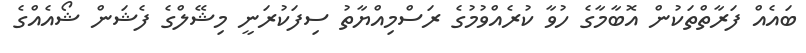
ބައެއް ފަރާތްތަކުން އޮބާމާގެ ހުވާ ކުރެއްވުމުގެ ރަސްމިއްޔާތު ސިފަކުރަނީ މިޝޭލްގެ ފެޝަން ޝޯއެއްގެ